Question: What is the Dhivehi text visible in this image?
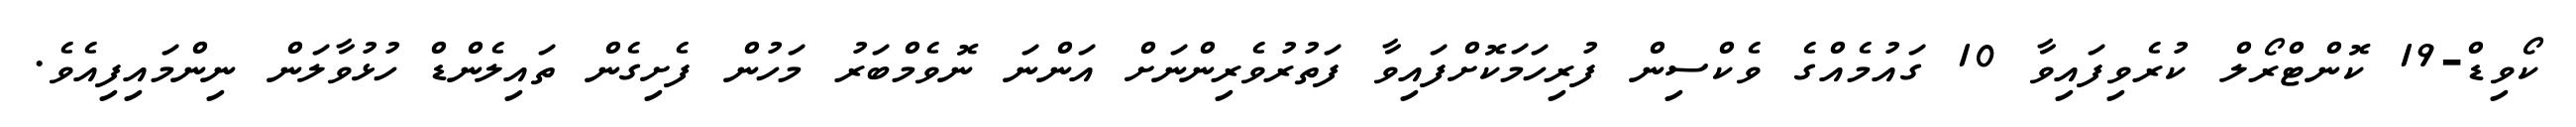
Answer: ކޯވިޑް-19 ކޮންޓްރޯލް ކުރެވިފައިވާ 10 ގައުމެއްގެ ވެކްސިން ފުރިހަމަކޮށްފައިވާ ފަތުރުވެރިންނަށް އަންނަ ނޮވެމްބަރު މަހުން ފެށިގެން ތައިލެންޑް ހުޅުވާލަން ނިންމައިފިއެވެ.